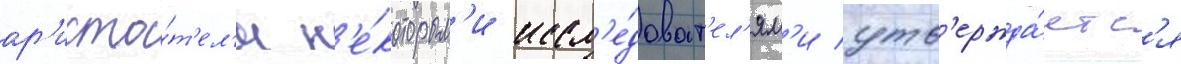
ар'исто́т'ел'я н'е́которым'и иссл'е́доват'ел'ям'и утв'ержда́етс'я